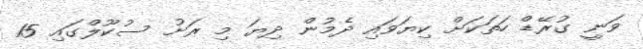
ވަނީ ގުރޭޑް ހަތަކަށް ކިޔަވައި ދެމުން ދިޔަ މި ރަށު ސުކޫލްގައި 15